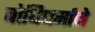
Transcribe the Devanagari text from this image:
बोधिधर्माने